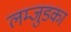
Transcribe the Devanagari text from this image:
लम्जुडका